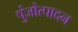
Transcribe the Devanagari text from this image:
पुंजोत्पादन